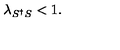
\lambda _ { S ^ { \dagger } S } < 1 .